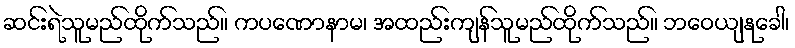
ဆင်းရဲသူမည်ထိုက်သည်။ ကပဏောနာမ၊ အထည်းကျန်သူမည်ထိုက်သည်။ ဘဝေယျနုခေါ၊